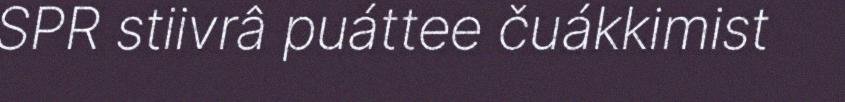
SPR stiivrâ puáttee čuákkimist